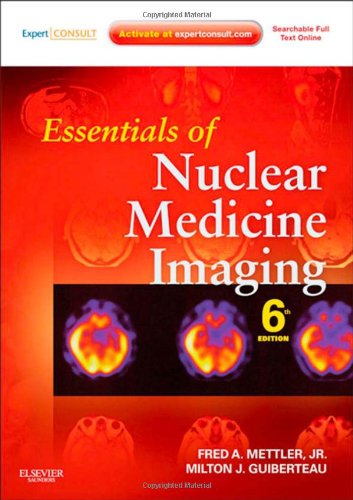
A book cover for Essentials of Nuclear Medicine Imaging: Expert Consult - Online and Print, 6e (Essentials of Nuclear Medicine Imaging (Mettler)); Fred A. Mettler Jr. MD  MPH; Medical Books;